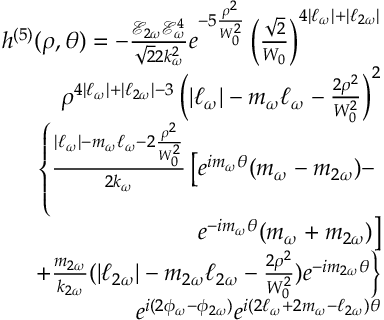
\begin{array} { r l r } & { } & { h ^ { ( 5 ) } ( \rho , \theta ) = - \frac { \mathcal { E } _ { 2 \omega } \mathcal { E } _ { \omega } ^ { 4 } } { \sqrt { 2 } 2 k _ { \omega } ^ { 2 } } e ^ { - 5 \frac { \rho ^ { 2 } } { W _ { 0 } ^ { 2 } } } \left( \frac { \sqrt { 2 } } { W _ { 0 } } \right) ^ { 4 | \ell _ { \omega } | + | \ell _ { 2 \omega } | } } \\ & { } & { \rho ^ { 4 | \ell _ { \omega } | + | \ell _ { 2 \omega } | - 3 } \left( | \ell _ { \omega } | - m _ { \omega } \ell _ { \omega } - \frac { 2 \rho ^ { 2 } } { W _ { 0 } ^ { 2 } } \right) ^ { 2 } } \\ & { } & { \left\{ \frac { | \ell _ { \omega } | - m _ { \omega } \ell _ { \omega } - 2 \frac { \rho ^ { 2 } } { W _ { 0 } ^ { 2 } } } { 2 k _ { \omega } } \left[ e ^ { i m _ { \omega } \theta } ( m _ { \omega } - m _ { 2 \omega } ) - \right. \right. } \\ & { } & { \left. e ^ { - i m _ { \omega } \theta } ( m _ { \omega } + m _ { 2 \omega } ) \right] } \\ & { } & { \left. + \frac { m _ { 2 \omega } } { k _ { 2 \omega } } ( | \ell _ { 2 \omega } | - m _ { 2 \omega } \ell _ { 2 \omega } - \frac { 2 \rho ^ { 2 } } { W _ { 0 } ^ { 2 } } ) e ^ { - i m _ { 2 \omega } \theta } \right\} } \\ & { } & { e ^ { i ( 2 \phi _ { \omega } - \phi _ { 2 \omega } ) } e ^ { i ( 2 \ell _ { \omega } + 2 m _ { \omega } - \ell _ { 2 \omega } ) \theta } } \end{array}